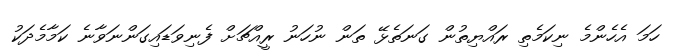
ހަމަ އެހެންމެ ނިކަމެތި ރައްޔިތުން ގަނަތެޅޭ ތަން ނުހަނު ރީއްޗަށް ފެނިވަޑައިގަންނަވާނެ ކަމާމެދަކު